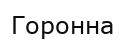
Горонна